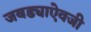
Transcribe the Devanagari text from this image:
जबड्याऐवजी